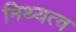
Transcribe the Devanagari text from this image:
मिथ्यत्व